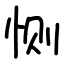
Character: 恻